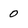
Character: 0